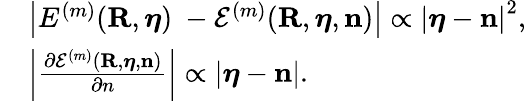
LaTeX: \begin{array}{rl}&{\left\vert E^{(m)}({\mathbf R},{\boldsymbol\eta})\ -{\cal E}^{(m)}({\mathbf R},{\boldsymbol\eta},{\mathbf n})\right\vert\propto\left\vert{\boldsymbol\eta}-{\mathbf n}\right\vert^{2},}\\ &{\left\vert\frac{\partial{\cal E}^{(m)}({\mathbf R},{\boldsymbol\eta},{\mathbf n})}{\partial n}\right\vert\propto\left\vert{\boldsymbol\eta}-{\mathbf n}\right\vert.}\end{array}